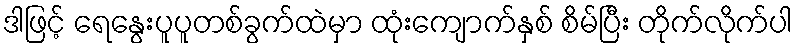
ဒါဖြင့် ရေနွေးပူပူတစ်ခွက်ထဲမှာ ထုံးကျောက်နှစ် စိမ်ပြီး တိုက်လိုက်ပါ